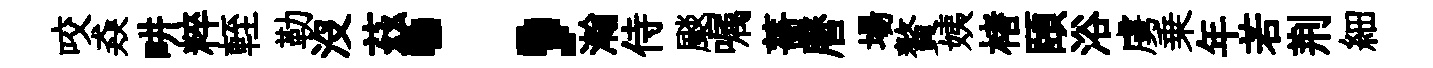
咬猋畊粹輊勒没茲；瀚侍颷嘱薔曆場贅姨楮頤浴虜乗年若荆細